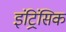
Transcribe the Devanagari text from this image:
इंट्रिंसिक